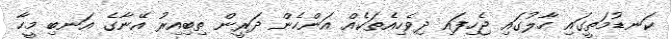
ކަނޑުމަތީގައި ހާލުގައި ޖެހިފައި ދިވެހިއެތަކެއް އަންހެން ދަރީން ތިބިއިރު އޭނާގެ އަނބި މީހާ